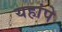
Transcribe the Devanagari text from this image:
यहांपे